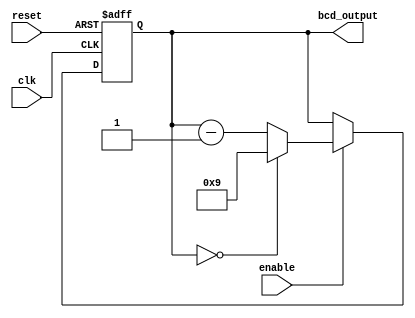
module BCD_Down_Counter_With_Enable (
    input wire clk,
    input wire reset,
    input wire enable,
    output reg [3:0] bcd_output
);

reg [3:0] count;

always @(posedge clk or posedge reset) begin
    if (reset) begin
        count <= 4'b1001; // Initialize counter to 9 in BCD format
    end else begin
        if (enable) begin
            if (count == 4'b0000) begin
                count <= 4'b1001; // Reset counter to 9 when it reaches 0
            end else begin
                count <= count - 1; // Decrement counter by 1
            end
        end
    end
end

assign bcd_output = count;

endmodule